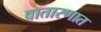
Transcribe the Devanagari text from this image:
वातारणात